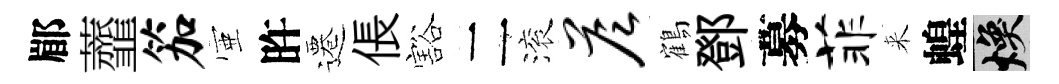
郿虀笳壺旿遷倀豁二滚答鶴鄧募菲来蝗焕